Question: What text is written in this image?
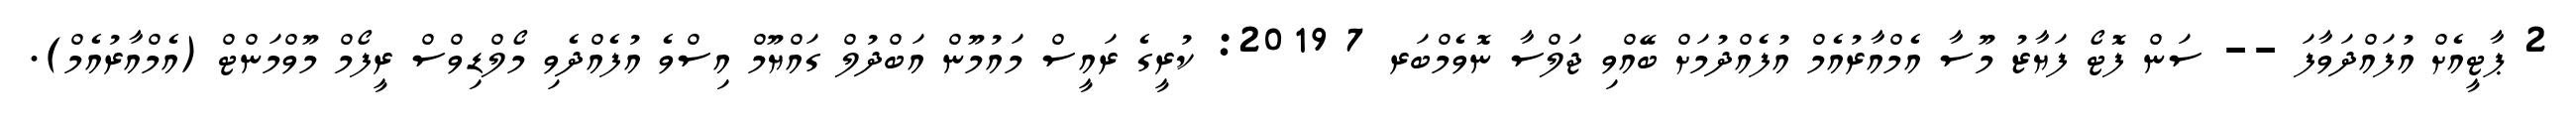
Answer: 2 ޕާޓީއެށް އުފައްދަވާފަ -- ސަން ފޮޓޯ ފަޔާޒު މޫސާ އެމްއާރުއެމް އުފެއްދުމަށް ބޭއްވި ޖަލްސާ ނޮވެމްބަރ 7 2019: ކުރީގެ ރައީސް މައުމޫން އަބްދުލް ގައްޔޫމް އިސްވެ އުފެއްދެވި މޯލްޑިވްސް ރީފޯމް މޫވްމަންޓް (އެމްއާރުއެމް).